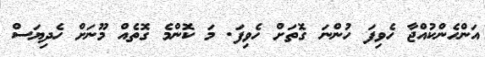
އަންހެންކުއްޖާ ހެވިފަ ހުންނަ ގޮތަށް ހެވިފަ. މަ ކޮންމެ ގޮތެއް މޫނަށް ހެދިޔަސް